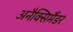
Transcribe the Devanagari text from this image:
अनैक्सिमैंडर